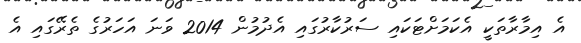
އެ އިމާރާތަކީ އެކަމަށްޓަކައި ސަރުކާރުގައި އެދުމުން 2014 ވަނަ އަހަރުގެ ތެރޭގައި އެ